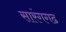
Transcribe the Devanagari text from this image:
सारंगगढ